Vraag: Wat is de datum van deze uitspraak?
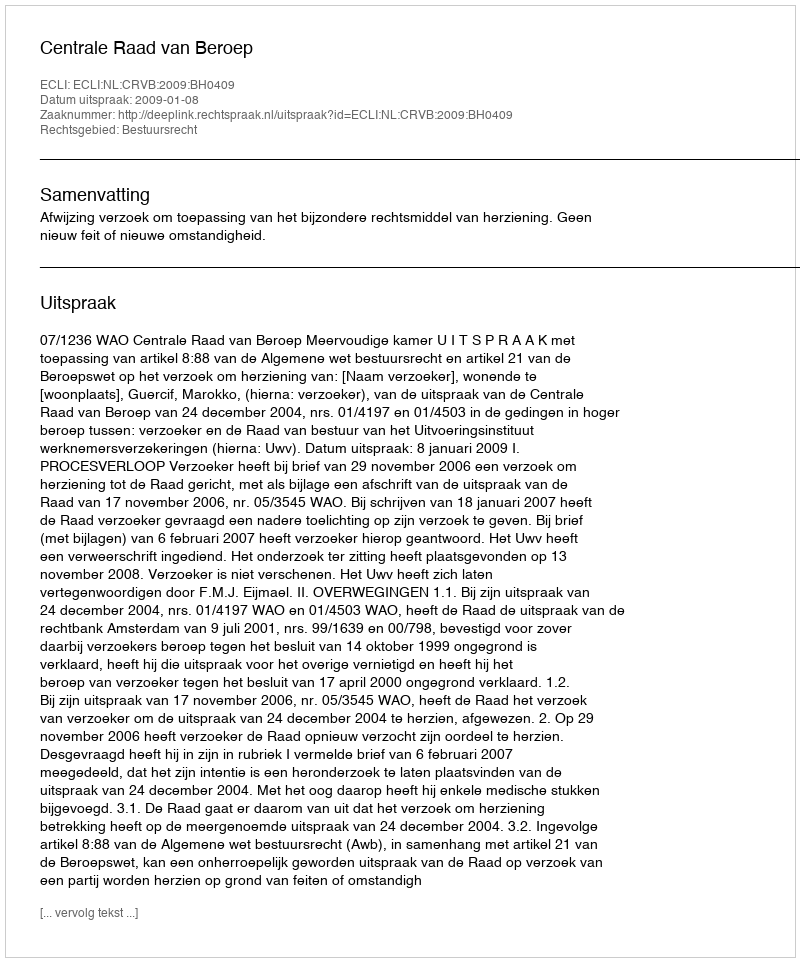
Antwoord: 2009-01-08